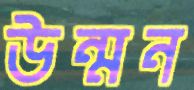
উন্মন